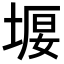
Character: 𡍿